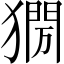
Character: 𤡌